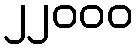
၂၂၀၀၀